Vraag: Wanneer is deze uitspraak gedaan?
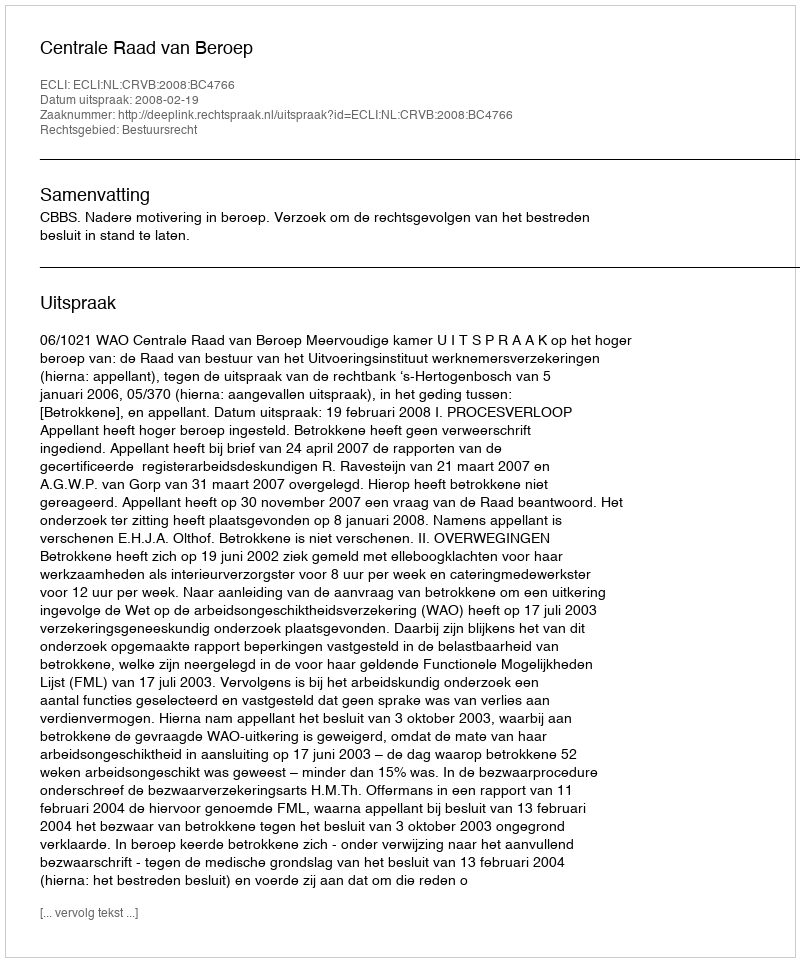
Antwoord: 2008-02-19